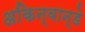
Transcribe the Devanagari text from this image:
अकिन्वान्डे